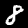
Digit: 8